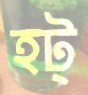
হট্‌